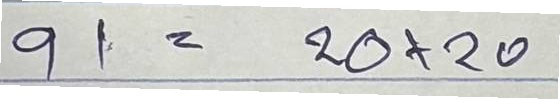
91 = 20x20